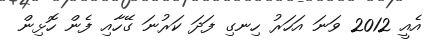
އެއީ 2012 ވަނަ އަހަރު ހިނގި ފަދަ ކަރުނަ ގޭހާއި ފެން ހޮޅިން